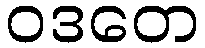
ဝဒတေ